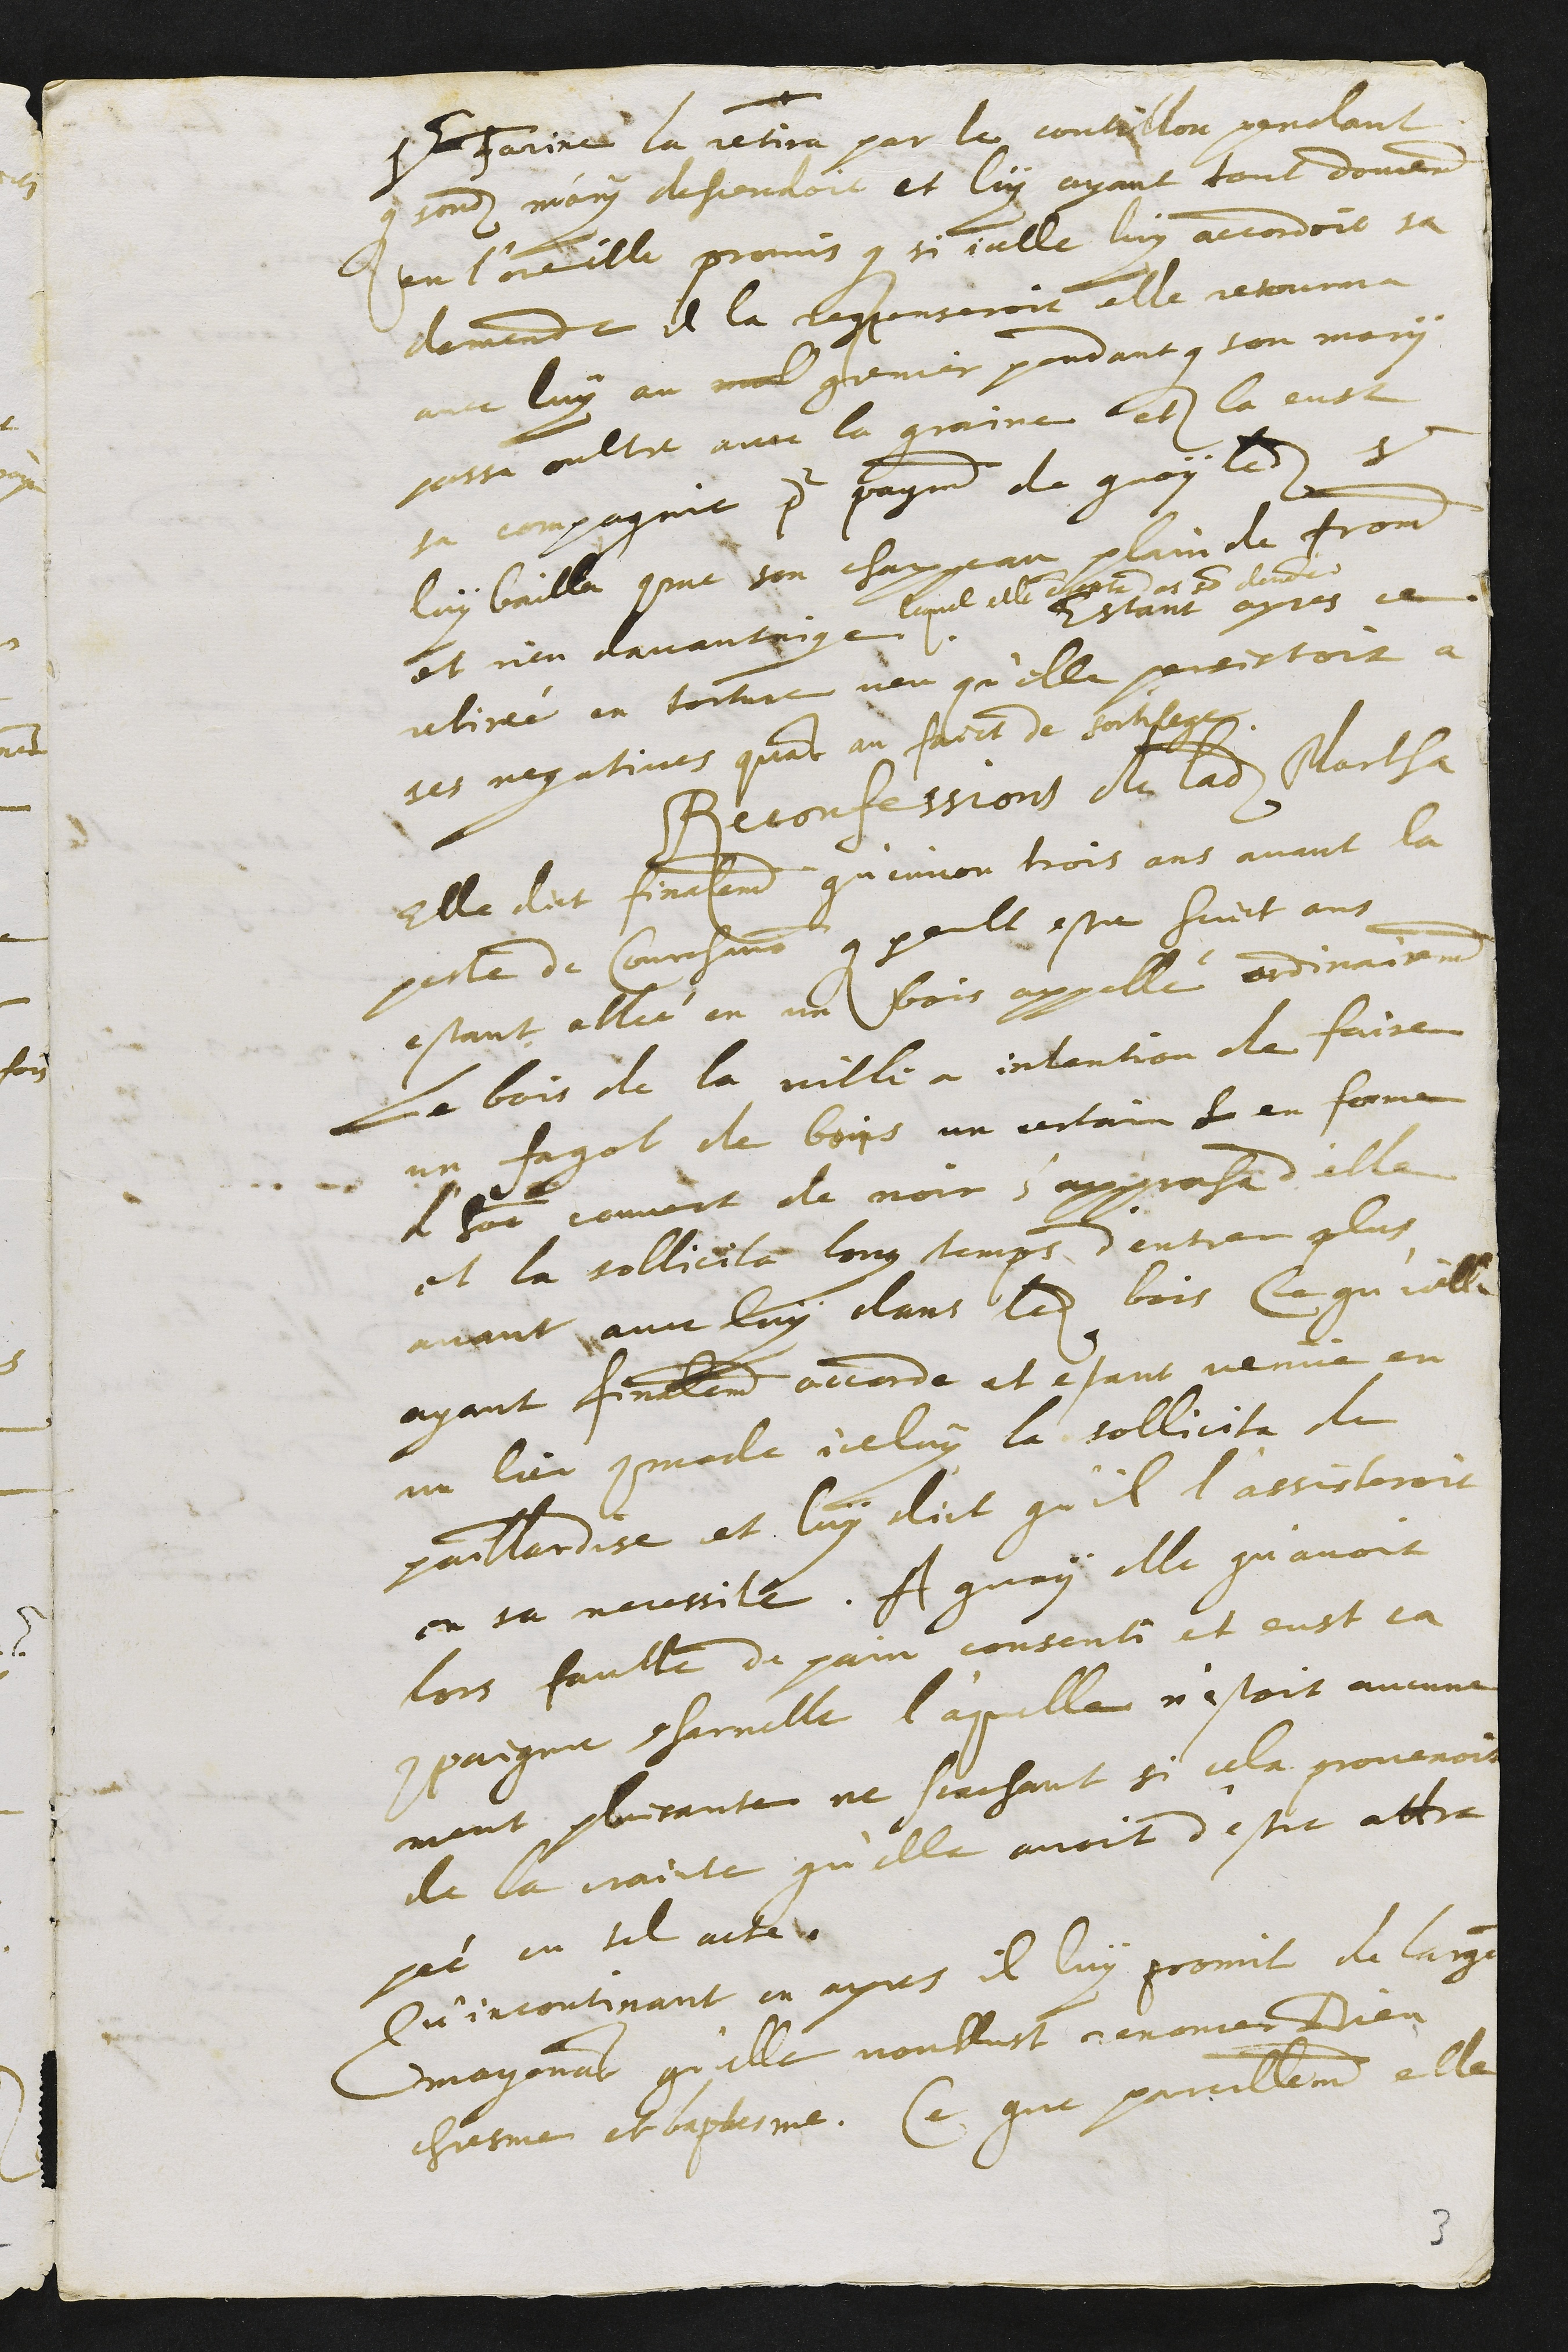
prevot Farine la retira par le coutillon pendant
que sondit mary descendoit et luy ayant tout doucement
en l'oreille promis que si icelle luy accordoit sa
demande il la recompenseroit elle retourna
avec luy au mol grenier pendant que son mary
passa oultre avec la graine et la eust
sa compagnie pour payement de quoy ledit sieur
luy bailla comme son chappeau plein de froment
et rien davantaige
lequel elle emporta dans son devan??
Estant apres ce
retirée en torture veu qu'elle persistoit a
ses negations quant au faict de sortilege.
Reconfessions de ladite Martha
Elle dict finalement qu'environ trois ans avant la
peste de Courchavon qui peult estre huict ans
estant allée en un bois appellé ordinairement
Le bois de la ville a intention de faire
un fagot de bois un certain h en forme
d'homme couvert de noir s'approcha d'elle
et la sollicita long temps d'entrer plus
avant avec luy dans ledit bois Ce qu'icelle
ayant finalement accorde et estant venue en
un lieu commode iceluy la sollicita de
paillardise et luy dict qu'il l'assisteroit
en sa necessite. A quoy elle qu'avoit
lors faulte de pain consenti et eust sa
compaignie charnelle l'aquelle n'estoit aucune
ment plaisante ne scachant si cela provenoit
de la crainte qu'elle avoit d'estre attra
pée en tel acte.
Qu'incontinant en apres il luy promit de largent
moyennant qu'elle voullust renoncer Dieu
chresme et baptesme. Ce que pareillement elle